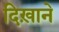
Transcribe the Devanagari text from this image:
दिख़ाने